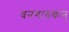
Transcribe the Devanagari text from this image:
वनगायकन्